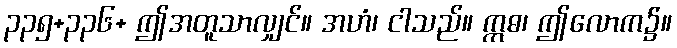
၃၃၅+၃၃၆+ ဤအတူသာလျှင်။ အဟံ၊ ငါသည်။ ဣဓ၊ ဤလောက၌။